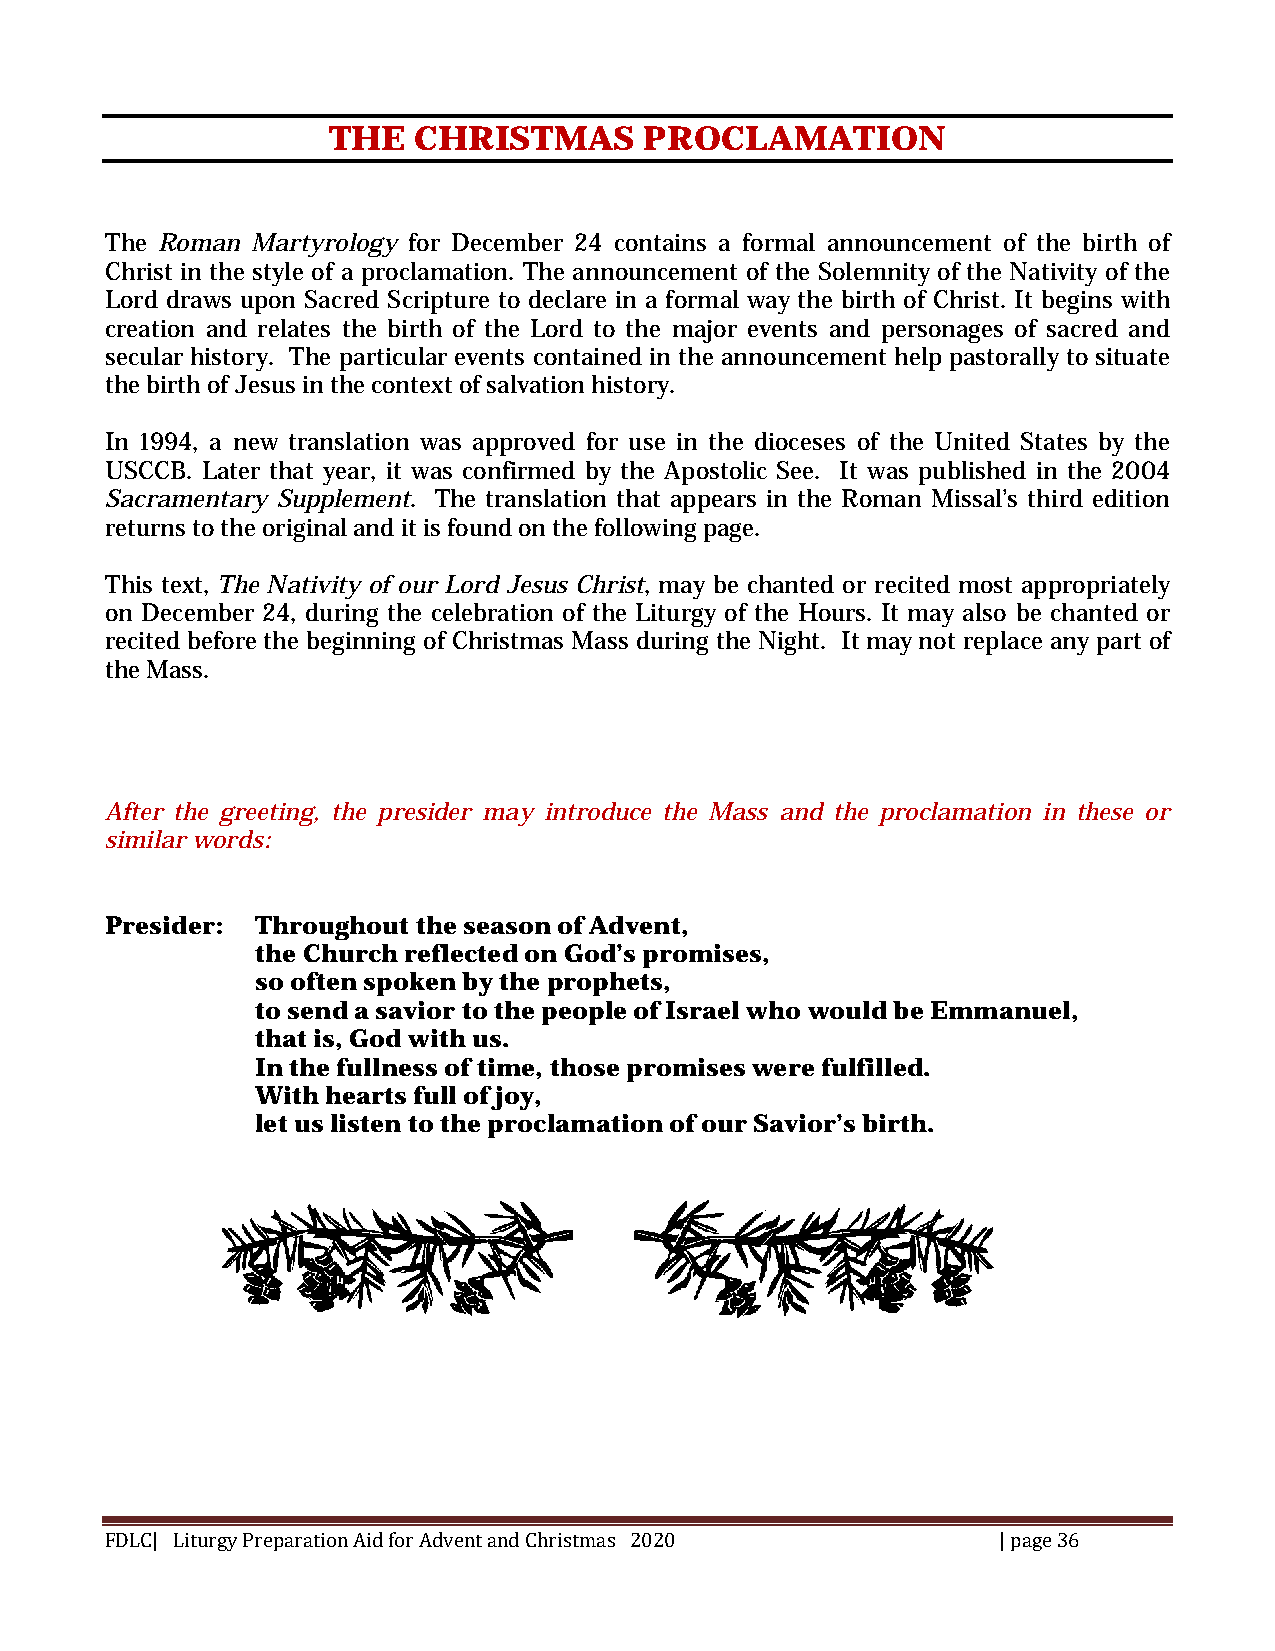
THE  CHRISTMAS       PROCLAMATION
 The Roman Martyrology for December 24 contains a formal announcement of the birth of
 Christ in the style of a proclamation. The announcement of the Solemnity of the Nativity of the
 Lord draws upon Sacred Scripture to declare in a formal way the birth of Christ. It begins with
 creation and relates the birth of the Lord to the major events and personages of sacred and
 secular history. The particular events contained in the announcement help pastorally to situate
 the birth of Jesus in the context of salvation history.
 In 1994, a new translation was approved for use in the dioceses of the United States by the
 USCCB. Later that year, it was confirmed by the Apostolic See. It was published in the 2004
 Sacramentary Supplement. The translation that appears in the Roman Missal’s third edition
 returns to the original and it is found on the following page.
 This text, The Nativity of our Lord Jesus Christ, may be chanted or recited most appropriately
 on December 24, during the celebration of the Liturgy of the Hours. It may also be chanted or
 recited before the beginning of Christmas Mass during the Night. It may not replace any part of
 the Mass.
 After the greeting, the presider may introduce the Mass and the proclamation in these or
 similar words:
 Presider: Throughout the season of Advent,
 the Church reflected on God’s promises,
 so often spoken by the prophets,
 to send a savior to the people of Israel who would be Emmanuel,
 that is, God with us.
 In the fullness of time, those promises were fulfilled.
 With hearts full of joy,
 let us listen to the proclamation of our Savior’s birth.
 FDLC| Liturgy Preparation Aid for Advent and Christmas 2020 | page 36